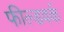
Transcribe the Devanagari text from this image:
फील्डवर्क